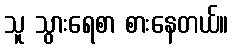
သူ သွားရေစာ စားနေတယ်။